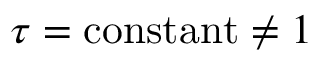
\tau = \mathrm { c o n s t a n t } \ne 1